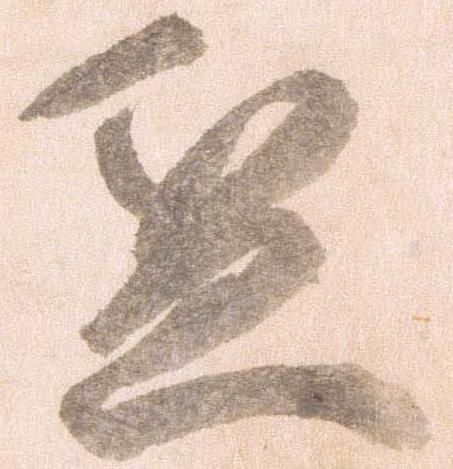
盆